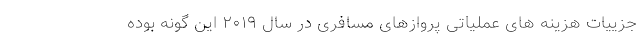
جزییات هزینه های عملیاتی پروازهای مسافری در سال ۲۰۱۹ این گونه بوده